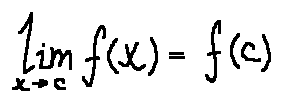
\lim \limits _ { x \rightarrow c } f ( x ) = f ( c )